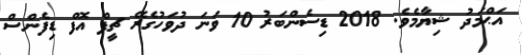
އަޙްމަދު ޝިޔާމެވެ. 2018 ޑިސެންބަރު 10 ވަނަ ދުވަހުގެރޭ ޗީފް އޮފް ޑިފެންސް